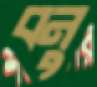
বনু